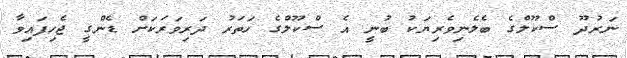
ނަރުދޫ ސްކޫލްގެ ބެލެނިވެރިޔަކު ބުނީ އެ ސްކޫލްގެ ހަތަރު ދަރިވަރަކަށް ޑެންގީ ޖެހިފައިވާ